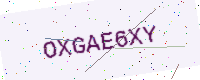
Text: OXGAE6XY